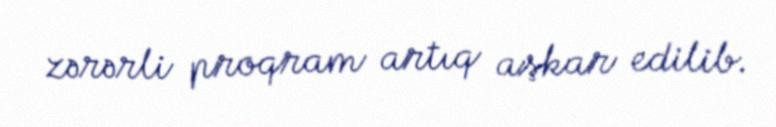
zərərli proqram artıq aşkar edilib.